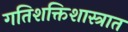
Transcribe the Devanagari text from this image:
गतिशक्तिशास्त्रात